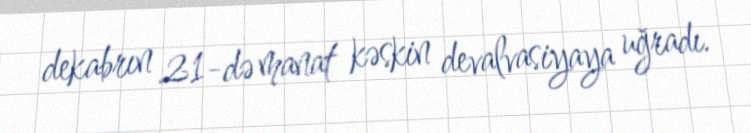
dekabrın 21-də manat kəskin devalvasiyaya uğradı.